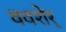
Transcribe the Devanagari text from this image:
ववशेर्